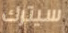
سيترك